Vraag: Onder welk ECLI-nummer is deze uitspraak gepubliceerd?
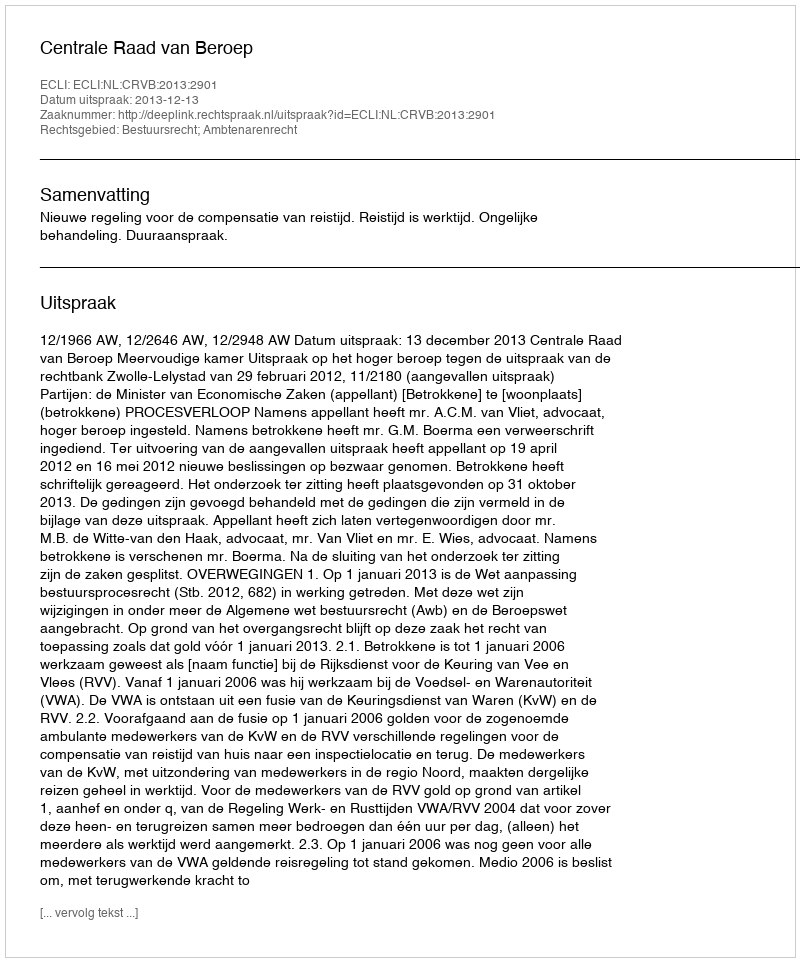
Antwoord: ECLI:NL:CRVB:2013:2901